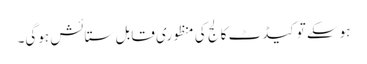
ہوسکے تو کیڈٹ کالج کی منظوری قابل ستائش ہوگی۔